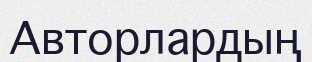
Авторлардың